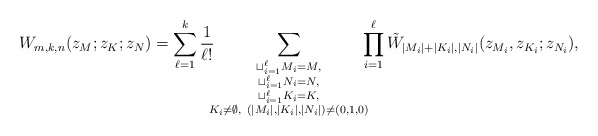
\begin{align*}W_{m,k,n}(z_M;z_K;z_N)=\sum_{\ell=1}^k\frac{1}{\ell!}\!\!\!\sum_{\substack{\sqcup_{i=1}^\ell M_i=M,\\\sqcup_{i=1}^\ell N_i=N,\\\sqcup_{i=1}^\ell K_i=K,\\K_i\ne\emptyset,~(|M_i|,|K_i|,|N_i|)\ne (0,1,0)}}\!\!\!\prod_{i=1}^\ell \tilde W_{|M_i|+|K_i|,|N_i|}(z_{M_i},z_{K_i};z_{N_i}),\end{align*}